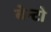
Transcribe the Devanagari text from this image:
बेन्टो